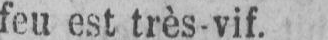
feu est très-vif.